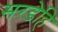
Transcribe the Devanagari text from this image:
सरडेहि